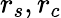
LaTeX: r_{s},r_{c}